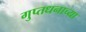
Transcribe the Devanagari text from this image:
गुप्तधनाच्या